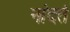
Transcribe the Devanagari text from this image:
नांदतं